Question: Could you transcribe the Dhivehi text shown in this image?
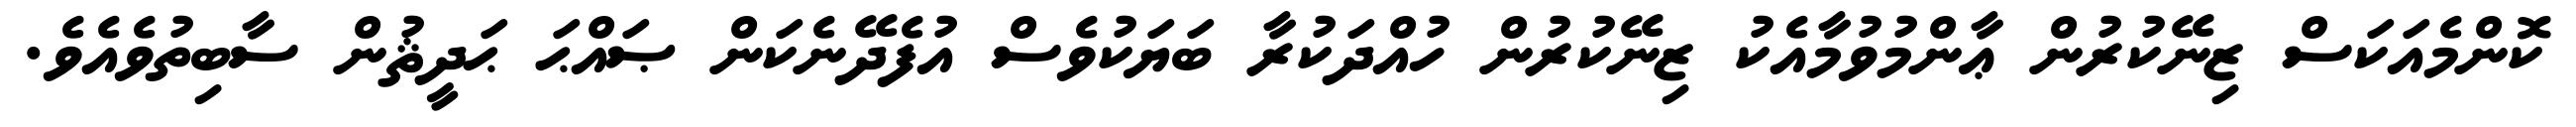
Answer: ކޮންމެއަކަސް ޒިނޭކުރުން ޢާންމުވުމާއެކު ޒިނޭކުރުން ހުއްދަކުރާ ބަޔަކުވެސް އުފެދޭނެކަން ޞައްޙަ ޙަދީޘުން ސާބިތުވެއެވެ.